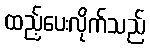
ထည့်ပေးလိုက်သည်